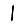
Digit: 1